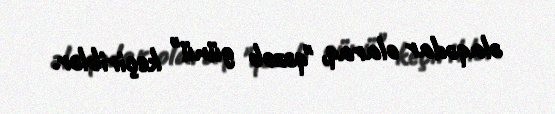
əlaqədar olaraq, "qəzəb günü" keçiriblər.